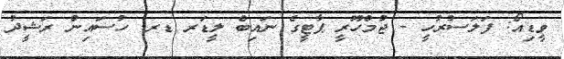
ވީޑިއޯ: ފަލަސުރުހީ - ޖުމްހޫރީ ޕާޓީގެ ނައިބް ލީޑަރ ޑރ. ހުސައިން ރަޝީދު